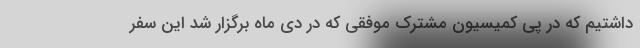
داشتیم که در پی کمیسیون مشترک موفقی که در دی ماه برگزار شد این سفر